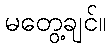
မတွေ့ချင်။